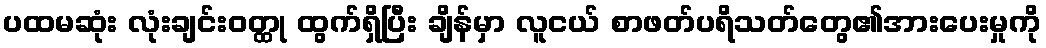
ပထမဆုံး လုံးချင်းဝတ္ထု ထွက်ရှိပြီး ချိန်မှာ လူငယ် စာဖတ်ပရိသတ်တွေ၏အားပေးမှုကို